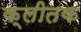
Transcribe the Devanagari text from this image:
क्लीतक